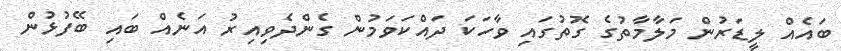
ބައެއް ލީޑަރުން މަލާމާތުގެ ގޮތުގައި ވާހަކަ ދައްކަވަމުން ގެންދެވިއިރު އަނެއް ބައި ބޭފުޅުން